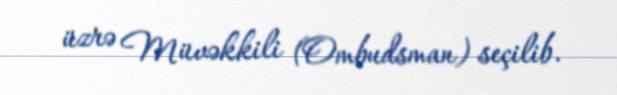
üzrə Müvəkkili (Ombudsman) seçilib.